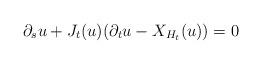
LaTeX: \begin{align*}\partial_s u+J_t(u)(\partial_t u-X_{H_t}(u))=0\end{align*}